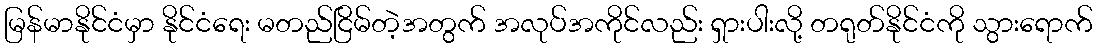
မြန်မာနိုင်ငံမှာ နိုင်ငံရေး မတည်ငြိမ်တဲ့အတွက် အလုပ်အကိုင်လည်း ရှားပါးလို့ တရုတ်နိုင်ငံကို သွားရောက်